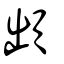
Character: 䪼